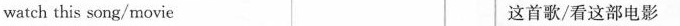
watch this song/movie 这首歌/看这部电影